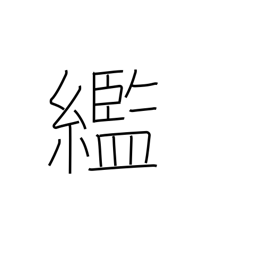
Meaning: rags